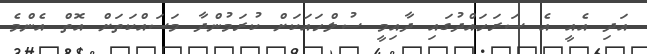
އަދި އެއީ އެ ސަރަހައްދުގައި ދާއިމީ ސުލްހައަކަށް ކުރަމުންދާ މަސައްކަތަށް އޮތް އެންމެ